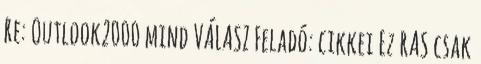
Re: Outlook2000 mind VÁLASZ Feladó: cikkei Ez RAS csak